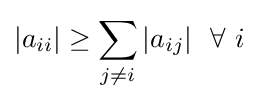
|a_{ii}|\geq \sum _{j\neq i}|a_{ij}|\ \ \forall \ i